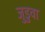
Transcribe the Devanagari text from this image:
जुडुवा